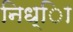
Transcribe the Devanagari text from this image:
निध्ाि